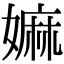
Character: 嫲